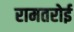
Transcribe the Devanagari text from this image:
रामतरोई